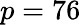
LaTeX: p=76